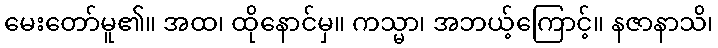
မေးတော်မူ၏။ အထ၊ ထိုနောင်မှ။ ကသ္မာ၊ အဘယ့်ကြောင့်။ နဇာနာသိ၊